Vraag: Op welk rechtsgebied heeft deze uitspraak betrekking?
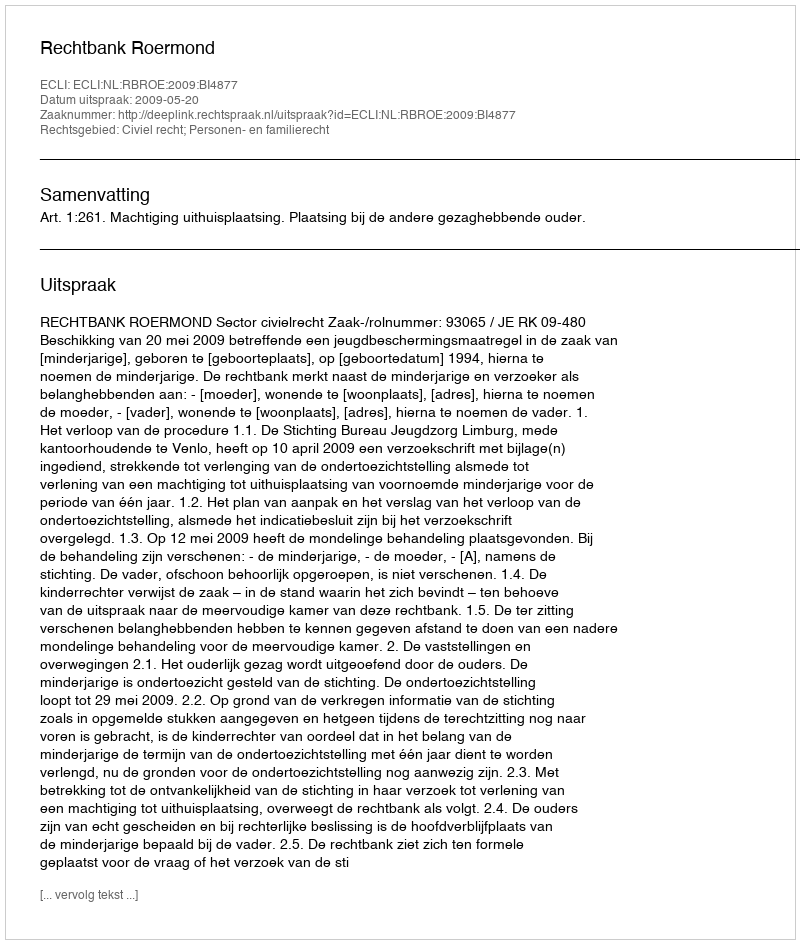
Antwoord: Civiel recht; Personen- en familierecht